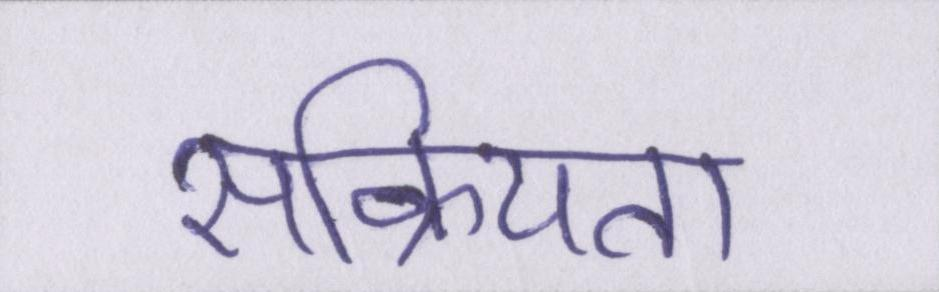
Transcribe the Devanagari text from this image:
सक्रियता